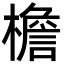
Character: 檐